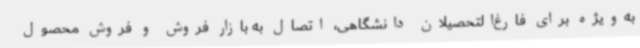
به‌ویژه برای فارغ‌التحصیلان دانشگاهی، اتصال به بازار فروش و فروش محصول